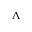
\Lambda